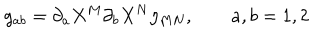
g _ { a b } = \partial _ { a } X ^ { M } \partial _ { b } X ^ { N } \eta _ { M N } , \qquad a , b = 1 , 2